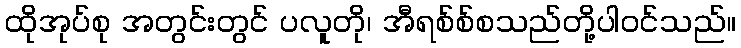
ထိုအုပ်စု အတွင်းတွင် ပလူတို၊ အီရစ်စ်စသည်တို့ပါဝင်သည်။